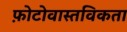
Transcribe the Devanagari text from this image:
फ़ोटोवास्तविकता